Report on vaccination North-West Frontier Province 1904-1922 - 1904-1922
Year: 1904
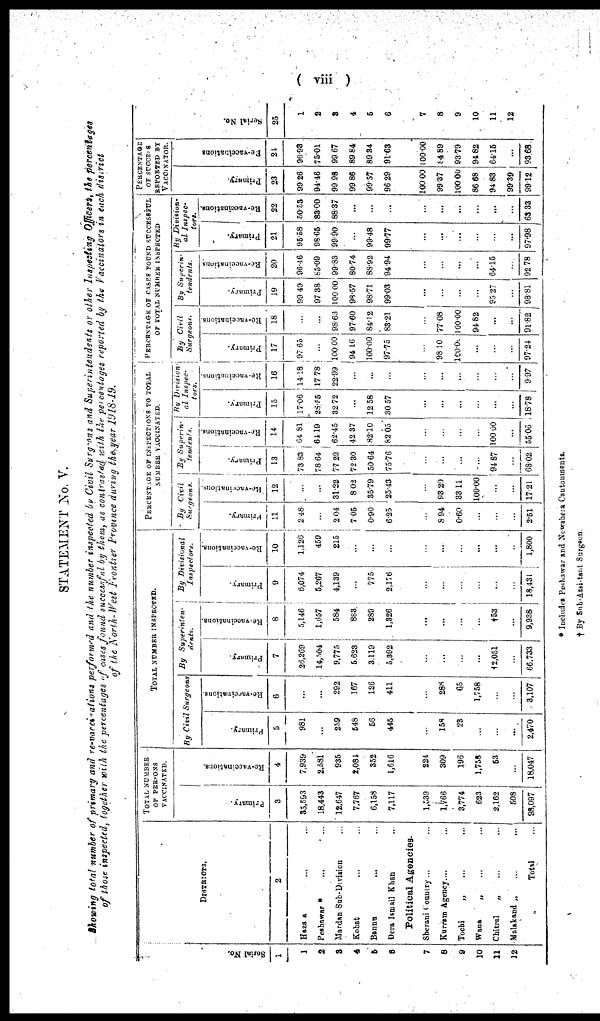
( viii )
STATEMENT No. V.
Showing total number of primary and re-vaccinations performed and the number inspected by Civil Surgeons and Superintendents or other Inspecting Officers, the percentages
of those inspected, together with the percentages of cases found successful by them, as contrasted with the percentages reported by the Vaccinators in each district
of the North- West Frontier Province during the year 1918-19.
Serial No.
1
1
2
3
4
5
6
7
8
9
10
11
12
DISTRICTS.
2
Hazara ... ...
Peshawar *
... ...
Mardan Sub-Division ...
Kohat ... ...
Bannu ... ...
Dera Ismail Khan ...
Political Agencies.
Sherani Country ... ...
Kurram Agency.... ...
Tochi „ ... ...
Wana„ ... ...
Chitral„ ... ...
Molakand „
...
...
Total ...
TOTAL NUMBER
OF PERSONS
VACCINATED.
Primary.
3
35,593
18,443
12,647
7,767
6,158
7,117
1,539
1,766
3,774
623
2,162
508
98,097
Re-vaccinations.
4
7,939
2,581
935
2,084
352
1,616
224
309
196
1,758
53
...
18,047
TOTAL NUMBER INSPECTED.
By Civil Surgeons
Primary.
5
981
...
259
548
56
445
...
158
23
...
...
...
2,470
Re-vaccinations.
6
...
...
292
167
126
411
...
288
65
1,758
...
...
3,107
By Superinten¬
dents.
Primary.
7
36,269
14,504
9,775
5,623
3,119
5,392
...
...
...
...
12,051
...
66,733
Re-vaccinations.
8
5,146
1,657
584
863
289
1,326
...
...
...
...
† 53
...
9,938
By Divisional
Inspectors.
Primary.
9
6,074
5,267
4,139
...
775
2,176
...
...
...
...
...
...
18,431
Re-vaccinations.
10
1,126
459
215
...
...
...
...
...
...
...
...
...
1,800
PERCENTAGE OF INSPECTIONS TO TOTAL
NUMBER VACCINATED.
By Civil
Surgeons.
Primary.
11
2.48
...
2.04
7.05
0.90
6.25
...
8.94
0.60
...
...
...
2.51
Re-vaccinations.
12
...
...
31.22
8.02
35.79
25.43
...
93.29
83.11
100.00
...
...
17.21
By Superin¬
tendents.
Primary.
13
73.83
78.64
77.29
72.30
50.64
75.76
...
...
...
...
94.87
...
68.02
Re-vaccinations.
14
64.81
61.19
62.45
42.37
82.10
82.05
...
...
...
...
100.00
...
55.06
By Division¬
al Inspec¬
tors.
Primary.
15
17.06
28.55
32.72
...
12.58
30.57
...
...
...
...
...
...
18.78
Re-vaccinations.
16
14.18
17.78
22.99
...
...
...
...
...
...
...
...
...
9.97
PERCENTAGE OF CASES FOUND SUCCESSFUL
OF TOTAL NUMBER INSPECTED
By Civil
Surgeons.
Primary.
17
97.65
...
100.00
94.16
100.00
97.75
...
98.10
100.00
...
...
...
97.24
Re-vaccinations.
18
...
...
98.63
97.60
84.12
83.21
...
77.08
100.00
94.82
...
...
91.82
By Superin-
tendents.
Primary.
19
99.49
97.38
100.00
98.57
98.71
99.03
...
...
...
...
95.27
...
98.81
Re-vaccinations
20
96.46
85.09
99.83
80.74
88.92
94.94
...
...
...
...
64.15
...
92.78
By Division-
al Inspec-
tors.
Primary.
21
95.58
98.65
99.90
...
99.48
99.77
...
...
...
...
...
...
97.98
Re-vaccinations.
22
50.58
83.00
88.37
...
...
...
...
...
...
...
...
...
63.33
PERCENTAGE
OF SUCCESS
REPORTED BY
VACCINATOR.
Primary.
23
99.26
94.46
99.98
99.86
99.57
96.29
100.00
99.37
100.00
86.68
94.83
99.39
99.12
Re-vaccinations
24
96.93
75.01
99.67
89.84
89.34
91.63
100.00
84.89
93.79
94.82
64.15
...
93.66
Serial No.
25
1
2
3
4
5
6
7
8
9
10
11
12
* Includes Peshawar and Nowshera Cantomnents.
† By Sub-Assistant Surgeon.